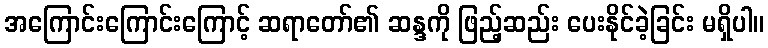
အကြောင်းကြောင်းကြောင့် ဆရာတော်၏ ဆန္ဒကို ဖြည့်ဆည်း ပေးနိုင်ခဲ့ခြင်း မရှိပါ။